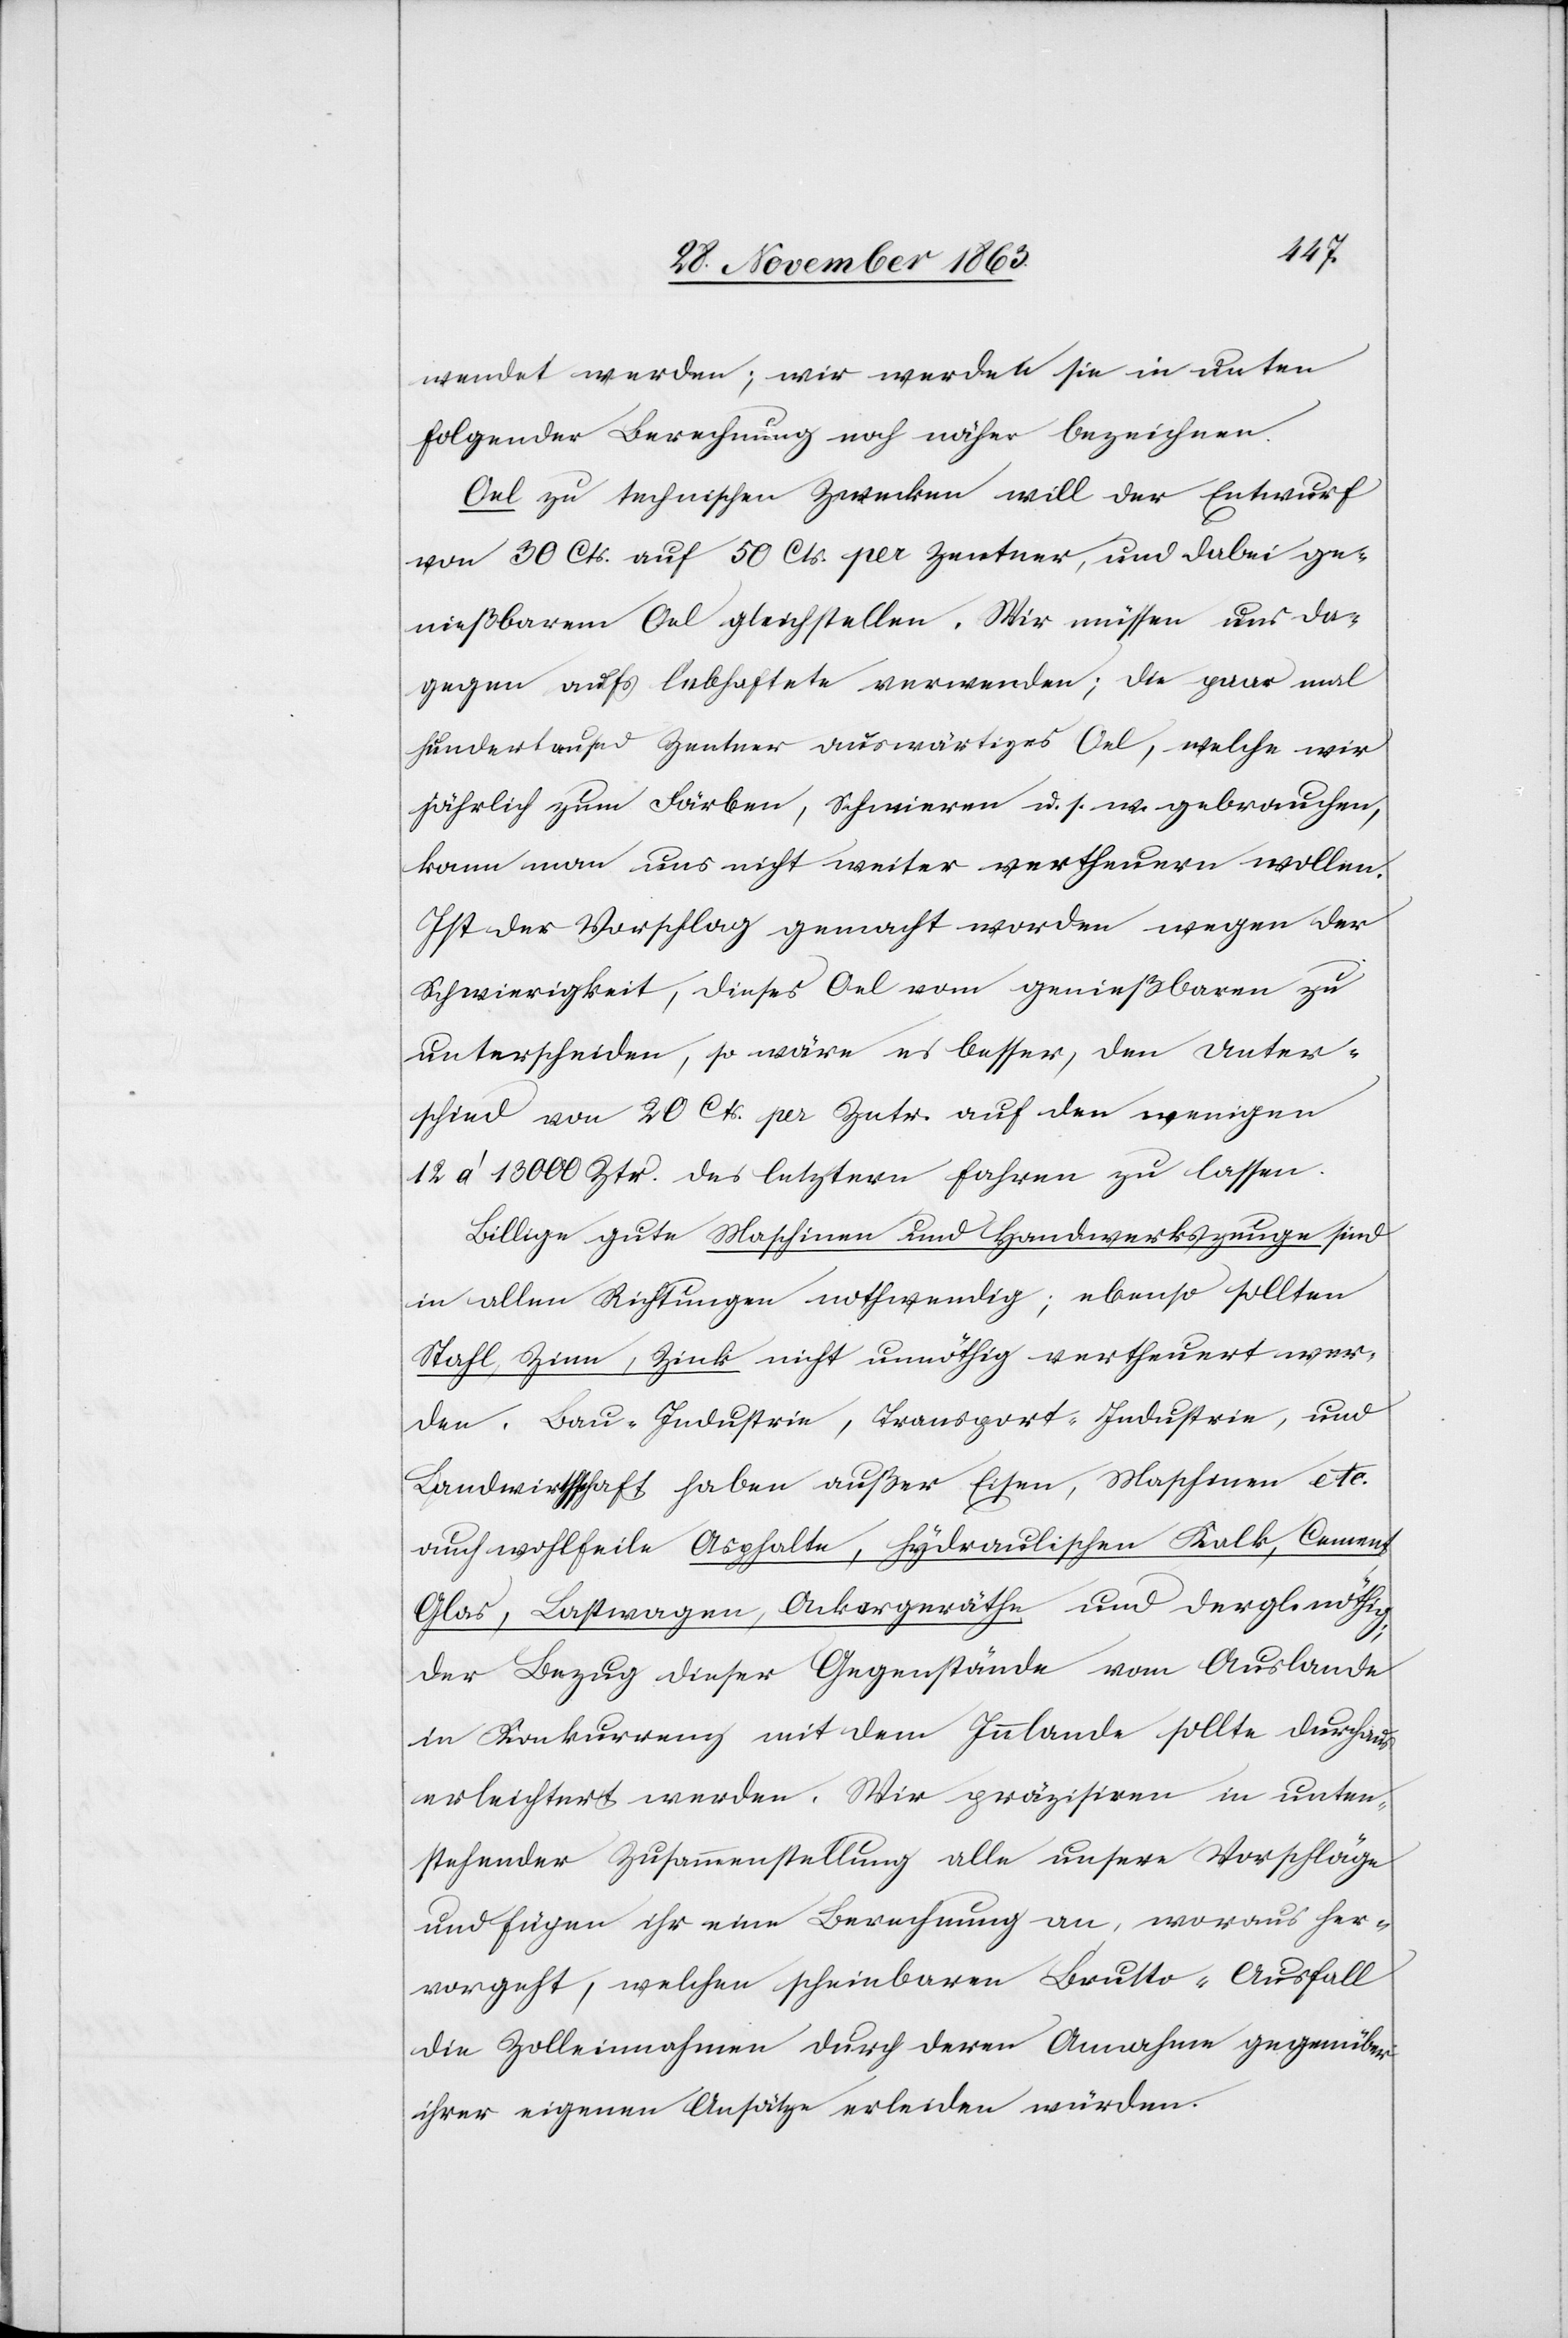
wendet werden; wir werden sie in unten
folgender Berechnung noch näher bezeichnen.
Oel zu technischen Zwecken will der Entwurf
von 30 Cts. auf 50 Cts. per Zentner, und dabei ge¬
nießbarem Oel gleichstellen. Wir müssen uns da¬
gegen aufs lebhafte[s]te verwenden; die paar mal
hundertause[n]d Zentner auswärtiges Oel, welche wir
jährlich zum Färben, Schmieren u. s. w. gebrauchen,
kann man uns nicht weiter vertheuern wollen.
Ist der Vorschlag gemacht worden wegen der
Schwierigkeit, dieses Oel vom genießbaren zu
unterscheiden, so wäre es besser, den Unter¬
schied von 20 Cts. per Zntr. auf den wenigen
12 à 13 000 Ztr. des letztern fahren zu lassen.
Billige gute Maschinen und Handwerkszeuge sind
in allen Richtungen nothwendig; ebenso sollten
Stahl, Zinn, Zink nicht unnöthig vertheuert wer¬
den. Bau-Industrie, Transport-Industrie, und
Landwirthschaft haben außer Eisen, Maschinen etc.
auch wohlfeile Asphalte, Hydraulischen Kalk, Cement,
Glas, Lastwagen, Ackergeräthe und dergl. nöthig;
der Bezug dieser Gegenstände vom Auslande
in Konkurrenz mit dem Innlande sollte durchaus
erleichtert werden. Wir präzisiren in unten¬
stehender Zusammenstellung alle unsere Vorschläge
und fügen ihr eine Berechnung an, woraus her¬
vorgeht, welchen scheinbaren Brutto-Ausfall
die Zolleinnahmen durch deren Annahme gegenüber
ihrer eigenen Ansätze erleiden würden.